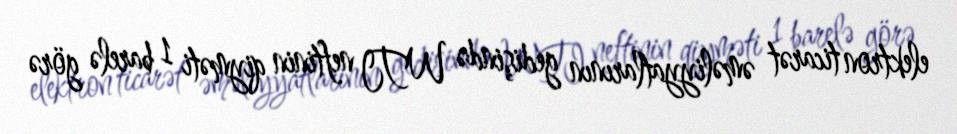
elektron ticarət əməliyyatlarının gedişində WTI neftinin qiyməti 1 barelə görə